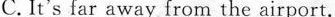
C.It's far away from the airport.